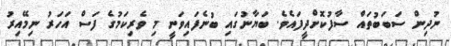
ނުދިން ސަބަބުތައް ސާފުކޮށްދީފައެވެ. ބަޔާނުގައި ބުނެފައިވަނީ މި ވެރިކަމުގެ ފަސް އަހަރު ނިމޭއިރު